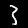
Digit: 3